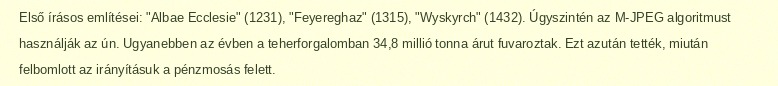
Első írásos említései: "Albae Ecclesie" (1231), "Feyereghaz" (1315), "Wyskyrch" (1432). Úgyszintén az M-JPEG algoritmust használják az ún. Ugyanebben az évben a teherforgalomban 34,8 millió tonna árut fuvaroztak. Ezt azután tették, miután felbomlott az irányításuk a pénzmosás felett.